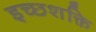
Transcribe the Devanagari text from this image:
इच्छशक्ति